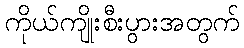
ကိုယ်ကျိုးစီးပွားအတွက်